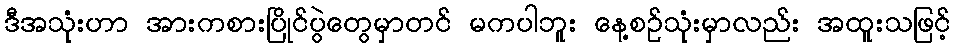
ဒီအသုံးဟာ အားကစားပြိုင်ပွဲတွေမှာတင် မကပါဘူး နေ့စဉ်သုံးမှာလည်း အထူးသဖြင့်